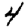
Digit: 4